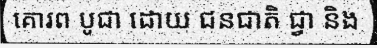
គោរព បូជា ដោយ ជនជាតិ ជ្វា និង